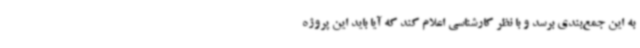
به این جمع‌بندی برسد و با نظر کارشناسی اعلام کند که آیا باید این پروژه